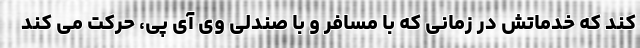
کند که خدماتش در زمانی که با مسافر و با صندلی وی آی پی، حرکت می کند